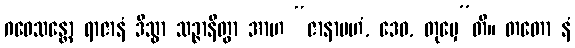
ဂဝေသန္တော ရာဇာနံ ဒိသွာ သဉ္ဇာနိတွာ အာဟ “ဇာနာမဟံ, ဒေဝ, တုမှေ”တိ။ တတော နံ